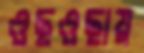
ওছওছায়